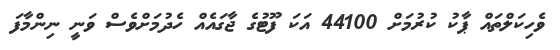
ވެހިކަލްތައް ޕާކު ކުރުމަށް 44100 އަކަ ފޫޓުގެ ޖާގައެއް ހެދުމަށްވެސް ވަނީ ނިންމާފަ